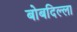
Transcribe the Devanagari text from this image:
बोबदिल्ला